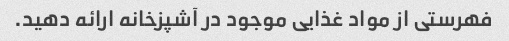
فهرستی از مواد غذایی موجود در آشپزخانه ارائه دهید.